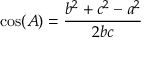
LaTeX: \cos ( A ) = { \frac { b ^ { 2 } + c ^ { 2 } - a ^ { 2 } } { 2 b c } }